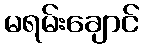
မရမ်းချောင်